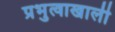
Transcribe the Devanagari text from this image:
प्रभुत्वाखाली